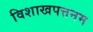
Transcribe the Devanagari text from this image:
विशाखपत्तनम